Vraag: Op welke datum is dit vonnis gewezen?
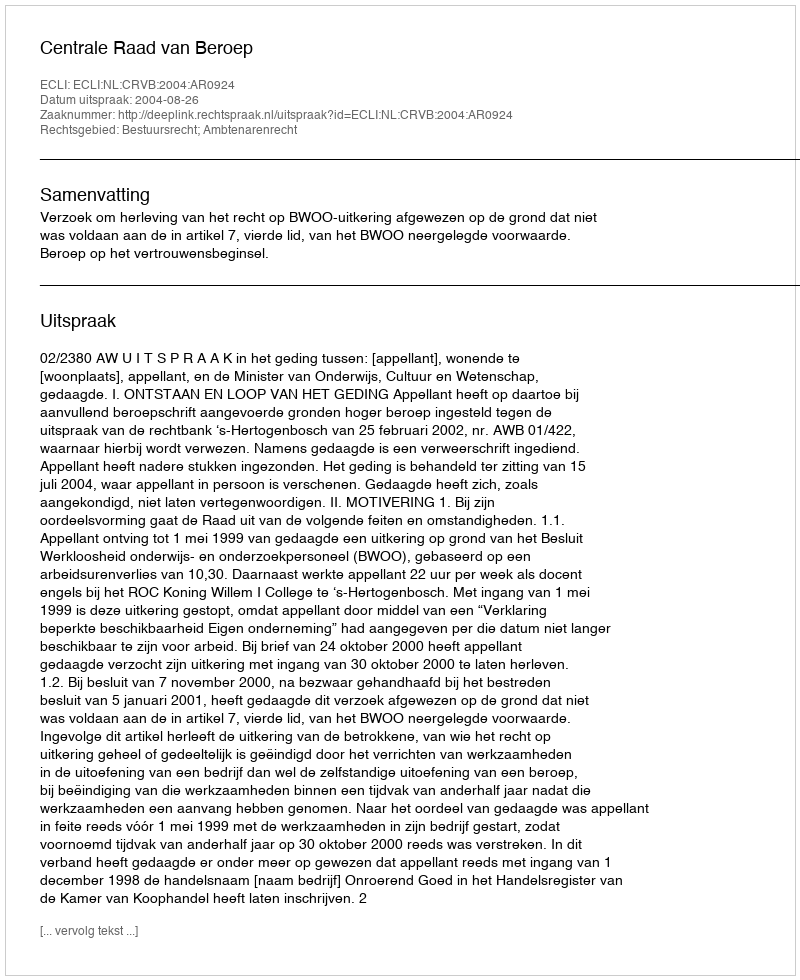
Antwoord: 2004-08-26